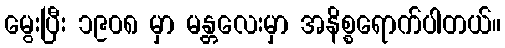
မွေးပြီး ၁၉၀၈ မှာ မန္တလေးမှာ အနိစ္စရောက်ပါတယ်။